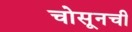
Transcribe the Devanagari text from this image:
चोसूनची